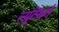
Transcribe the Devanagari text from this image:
ल्युटेंबर्ग